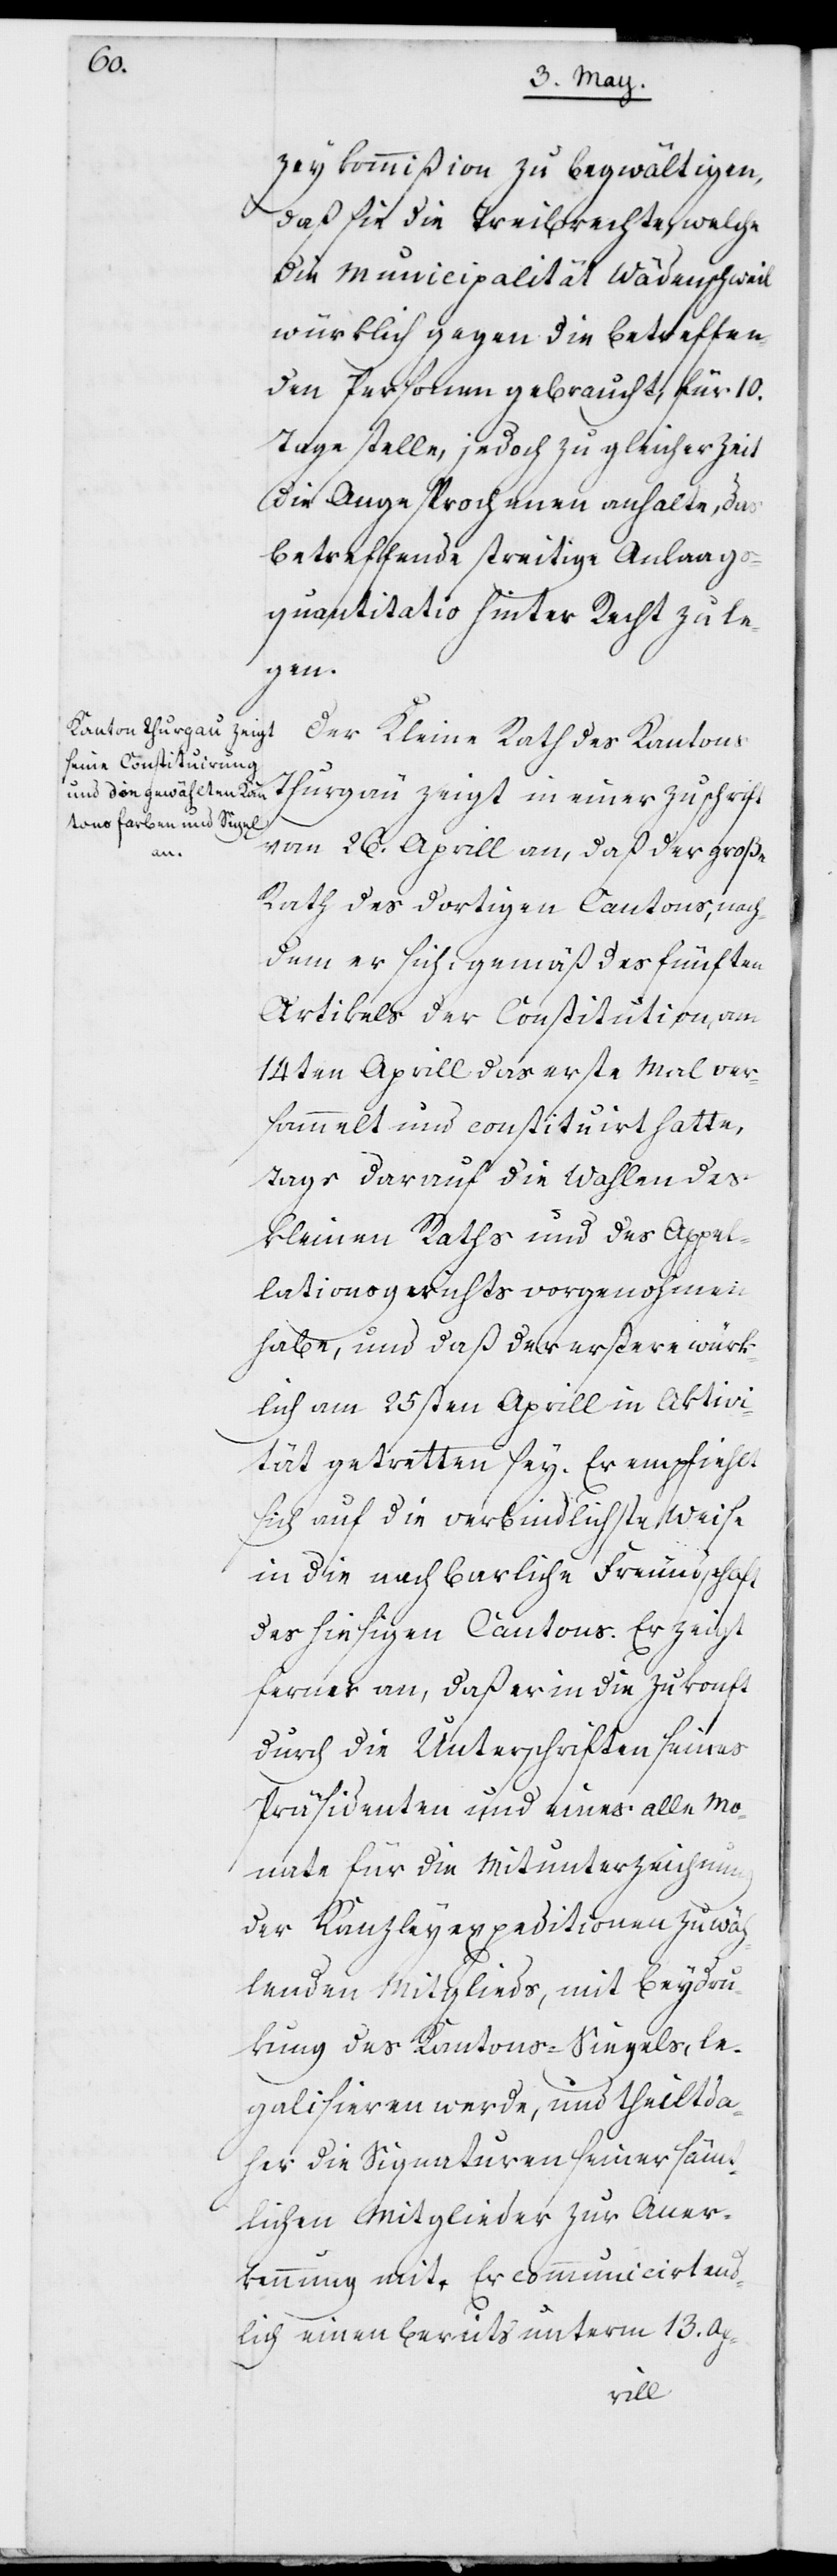
zeykommißion zu begwältigen,
daß sie die Treibrechte, welche
die Municipalität Wädenschweil
würklich gegen die betreffen¬
den Personen gebraucht, für 10.
Tage stelle, jedoch zu gleicher Zeit
die Angesprochenen anhalte, das
betreffende streitige Anlaag¬
squantitativ hinter Recht zu le¬
gen.
Der Kleine Rath des Kantons
Thurgau zeigt in einer Zuschrift
vom 26. Aprill an, daß der Große
Rath des dortigen Cantons, nach¬
dem er sich, gemäß des fünften
Artikels der Constitution, am
14ten Aprill das erste Mal ver¬
sammelt und constituirt hatte,
tags darauf die Wahlen des
Kleinen Raths und des Appel¬
lationsgerichts vorgenohmen
habe, und daß der erstere würk¬
lich am 25sten Aprill in Aktiv¬
ität getreten sey. Er empfiehlt
sich auf die verbindlichste Weise
in die nachbarliche Freundschaft
des hiesigen Kantons. Er zeigt
ferner an, daß er in die Zukonft
durch die Unterschriften seines
Präsidenten und eines alle Mo¬
nate für die Mitunterzeichnung
der Kanzleyexpeditionen zu wäh¬
lenden Mitglieds, mit Beydru¬
kung des Kantons-Siegels, le¬
galisieren werde, und theilt da¬
her die Signaturen seiner säm¬
tlichen Mitglieder zur Aner¬
kennung mit. Er communicirt end¬
lich einen bereits unterm 13. Ap-